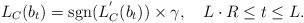
LaTeX: \begin{align*} L_{C}(b_{t}) = \mathrm{sgn}(L_{C}^{'}(b_{t}))\times \gamma ,~~~L\cdot R \leq t\leq L.\end{align*}